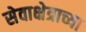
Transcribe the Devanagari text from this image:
सेवाक्षेत्राच्या